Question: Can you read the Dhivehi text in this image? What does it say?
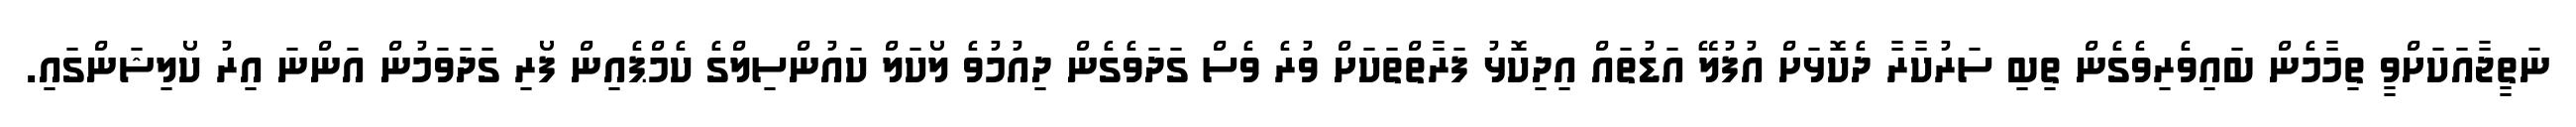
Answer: ނަތީޖާއަކަށްވީ ތިމާމެން ބައިވެރިވެގެން ތިބި ސަރުކާރާ ދެކޮޅަށް އުފުލޭ އަޑުތައް އިދިކޮޅު ފަރާތްތަކަށް ވުރެ ވެސް ގަދަވެގެން ދިއުމުވެ ލޯކަލް ކައުންސިލްގެ ކެމްޕެއިން ފޯރި ގަދަވަމުން އަންނަ އިރު ކޯލިޝަންގައި.